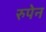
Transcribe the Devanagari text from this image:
रुपेन